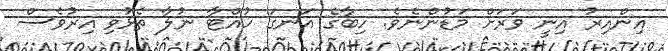
އިންއިރު އިނީ ވަރަށް މަޑުންނެވެ. ހިބާގެ އަނގަ ހުއްޓާ ނުލާ ތެޅުވި އިރުވެސް